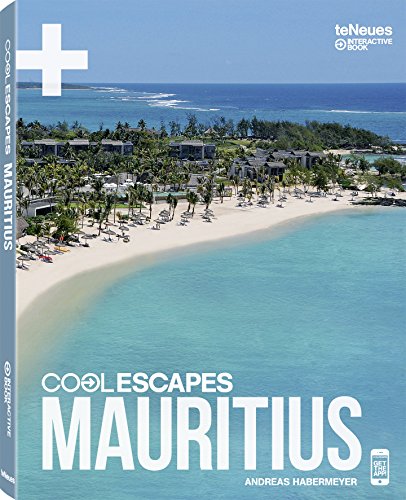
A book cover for Cool Escapes Mauritius; Travel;